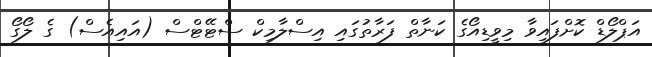
އަޕްލޯޑް ކޮށްފައިވާ މިވީޑިއޯގެ ކަނާތް ފަރާތުގައި އިސްލާމިކް ސްޓޭޓްސް (އައިއެސް) ގެ ލޯގޯ